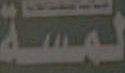
لمسة